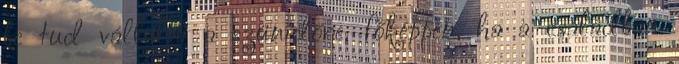
be tud vállalni a szünidőre, főképpen, ha a családban